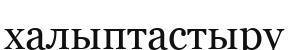
халыптастыру